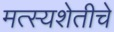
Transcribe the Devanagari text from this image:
मत्स्यशेतीचे